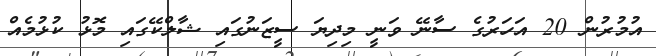
އުމުރުން 20 އަހަރުގެ ސާނޭ ވަނީ މިދިޔަ ސީޒަނުގައި ޝާލްކޭގައި މޮޅު ކުޅުމެއް